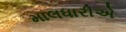
માલધારીએ